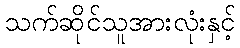
သက်ဆိုင်သူအားလုံးနှင့်